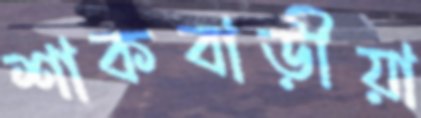
শাকবাড়ীয়া